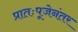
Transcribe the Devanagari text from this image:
प्रातःपूजेनंतर